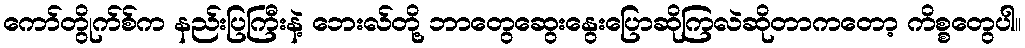
ကော်တွိုက်စ်က နည်းပြကြီးနဲ့ ဘေးလ်တို့ ဘာတွေဆွေးနွေးပြောဆိုကြလဲဆိုတာကတော့ ကိစ္စတွေပါ။